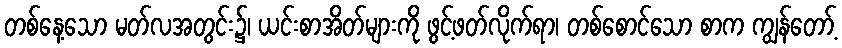
တစ်နေ့သော မတ်လအတွင်း၌၊ ယင်းစာအိတ်များကို ဖွင့်ဖတ်လိုက်ရာ၊ တစ်စောင်သော စာက ကျွန်တော့်